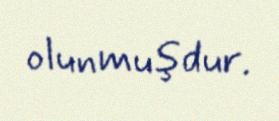
olunmuşdur.